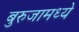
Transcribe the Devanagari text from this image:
बुरुजामध्ये